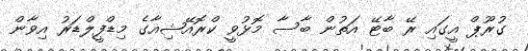
ގުރޫޕް އީގައި ރޭ ބާޓޭ އަތުން ބާސާ މޮޅުވީ ކްރޮއޭޝިއާގެ މިޑްފީލްޑަރު އިވާން